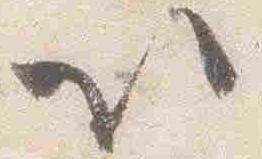
以